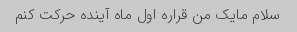
سلام مایک من قراره اول ماه آینده حرکت کنم